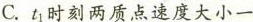
C.t_{1}时刻两质点速度大小一